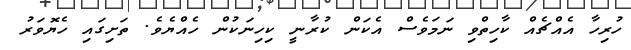
ހުރިހާ އެއްޗެއް ކާހިތްވި ނަމަވެސް އެކަން ކުރާނީ ކިހިނަކުން ހެއްޔެވެ. ތަށިގައި ހެޔޮވަރު